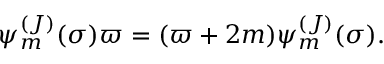
\psi _ { m } ^ { ( J ) } ( \sigma ) \varpi = ( \varpi + 2 m ) \psi _ { m } ^ { ( J ) } ( \sigma ) .